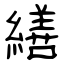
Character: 繕